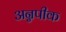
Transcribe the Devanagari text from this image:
अन्नपीक